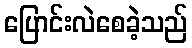
ပြောင်းလဲစေခဲ့သည်